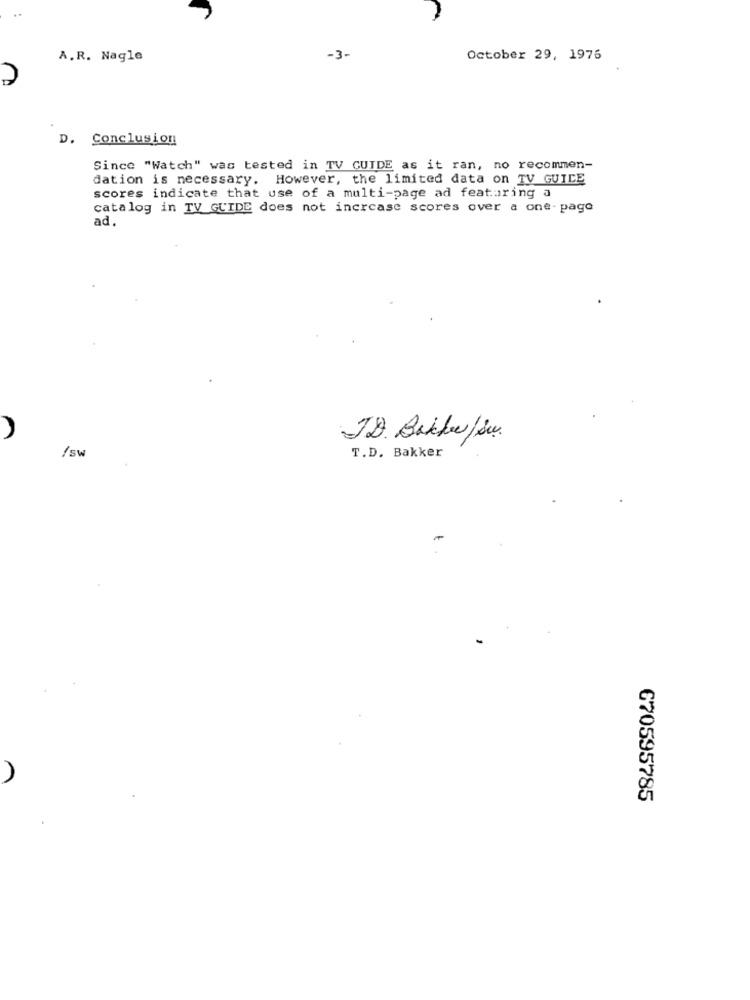
..
A.R. Nagle
-3-
October 29, 1976
D. Conclusion
Since "Watch" was tested in TV GUIDE as it ran, no recommen-
dation is necessary. However, the limited data on TV GUIDE
scores indicate that use of a multi-page ad featuring a
catalog in TV GUIDE does not increase scores over a one- pago
ad.
A
JD. Bakke/ Su.
/ sw
T.D. Bakker
670595785